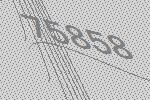
75858